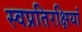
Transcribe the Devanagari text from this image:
स्वप्रतिरक्षियां